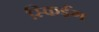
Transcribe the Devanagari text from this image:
स्किईंग